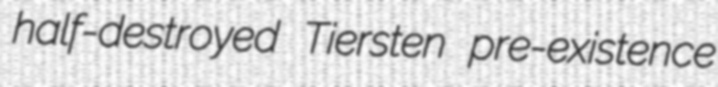
half-destroyed Tiersten pre-existence